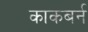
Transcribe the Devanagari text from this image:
काकबर्न